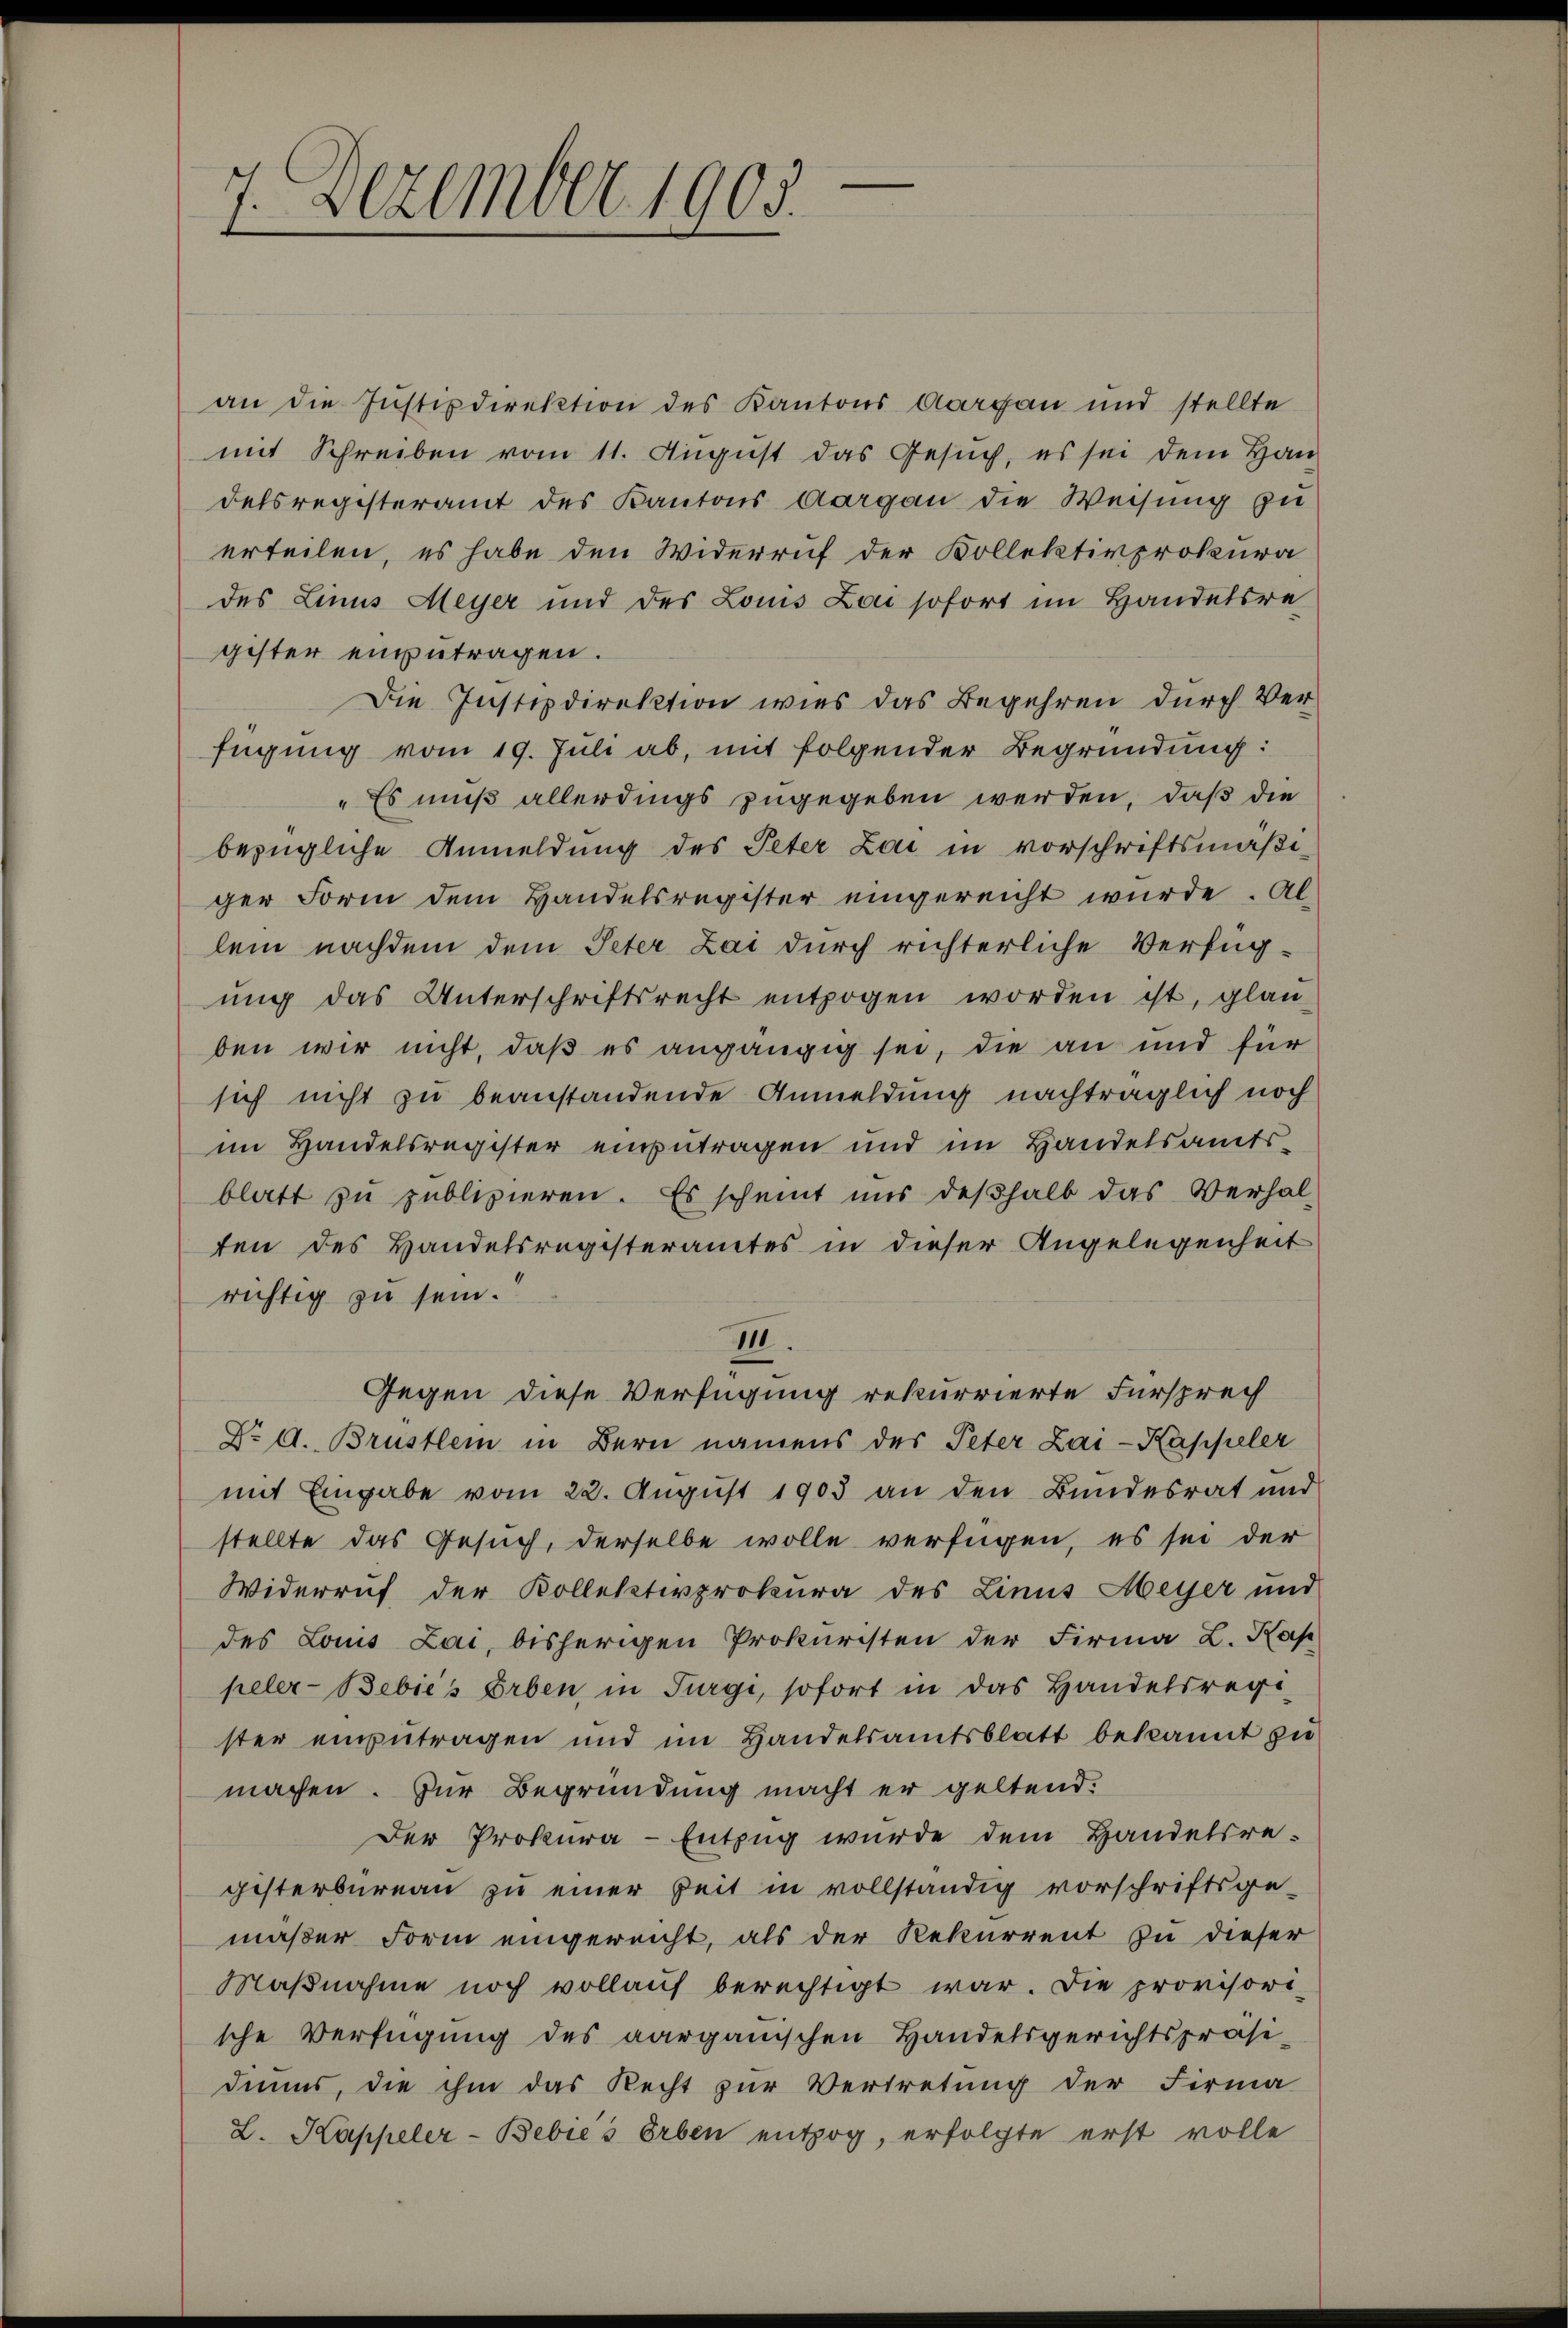
7
7. Dezember 1905.

an die Justizdirektion des Kantons Aargau und stellte
mit Schreiben vom 11. August das Gesuch, es sei dem Hau
delsregisteramt des Kantons Aargau die Weisung zu
erteilen, es habe den Widerruf der Kollektivprokura
des Linus Meyer und des Louis Lai sofort im Handelsre
gister engetragen.
Die Justizdirektion wies das Begehren durch Verfügung vom 19. Juli ab, mit folgender Begründung:
„Es muß allerdings zugegeben werden, daß die
bezügliche Anmeldung des Peter Zai in vorschriftsmäßiger Form dem Handelsregister eingereicht wurde. Al
lein nachdem dem Peter Zai durch richterliche Verfüg-
ung das Unterschriftsrecht entzogen worden ist, glau
ben wir nicht, daß es angängig sei, die an und für
sich nicht zu beanstandende Anmeldung nachträglich noch
im Handelsregister einzutragen und im Handelsamts-
blatt zu publizieren. Es scheint uns deßhalb das Verhalten des Handelsregisteramtes in dieser Angelegenheit
richtig zu sein.
III.
Gegen diese Verfügung rekurrierte Fürsprech
Dr. d. Brustlem in Bern namens des Peter Zai-Kappeler
mit Eingabe vom 22. August 1903 an den Bundesrat und
stellte das Gesuch, derselbe wolle verfügen, es sei der
Widerruf der Kollektivprokura des Linus Meyer und
des Louis Lai, bisherigen Prokuristen der Firma L. Kap
peler-Bebić's Erben in Turgi, sofort in das Handelsreg
ster einzutragen und im Handelsamtsblatt bekannt zu
machen. Zur Begründung macht er geltend.
Der Prokura-Entzug wurde dem Handelsre-
gisterbureau zu einer Zeit in vollständig vorschriftsge-
maßer Form eingereicht, als der Rekurrent zu dieser
Maßnahme noch vollauf berechtigt war. Die provisori-
sche Verfügung des aarganischen Handelsgerichtspräsi-
duums, die ihm das Recht zur Vertretung der Firma
L. Kappeler-Bebić's Erben entzog, erfolgte erst volle